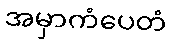
အမှာကံပေတံ